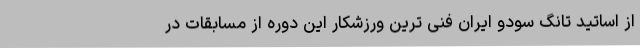
از اساتید تانگ سودو ایران فنی ترین ورزشکار این دوره از مسابقات در